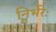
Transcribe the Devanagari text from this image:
निर्भरः